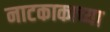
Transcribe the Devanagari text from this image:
नाटकाकाच्या